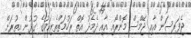
ޖެފަރސަން އާއި ޖޭމްސް މޮންރޯއި އާއި ދެމެދު އޮތް ރަހުމަތްތެރިކަމުގެ ގުޅުން އިތުރަށް